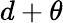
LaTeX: d+\theta